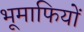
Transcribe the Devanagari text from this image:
भूमाफियों